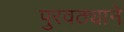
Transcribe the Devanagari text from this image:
पुरवठ्याने